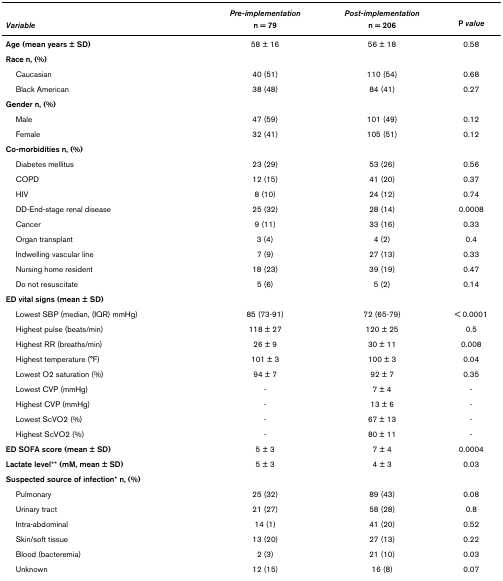
<table><thead><tr><td></td><td><b><i>Pre-implementation</i></b></td><td><b><i>Post-implementation</i></b></td><td></td></tr><tr><td><b><i>Variable</i></b></td><td><b>n = 79</b></td><td><b>n = 206</b></td><td><b>P <i>value</i></b></td></tr></thead><tbody><tr><td><b>Age (mean years ± SD)</b></td><td>58 ± 16</td><td>56 ± 18</td><td>0.58</td></tr><tr><td><b>Race n, (%)</b></td><td></td><td></td><td></td></tr><tr><td> Caucasian</td><td>40 (51)</td><td>110 (54)</td><td>0.68</td></tr><tr><td> Black American</td><td>38 (48)</td><td>84 (41)</td><td>0.27</td></tr><tr><td><b>Gender n, (%)</b></td><td></td><td></td><td></td></tr><tr><td> Male</td><td>47 (59)</td><td>101 (49)</td><td>0.12</td></tr><tr><td> Female</td><td>32 (41)</td><td>105 (51)</td><td>0.12</td></tr><tr><td><b>Co-morbidities n, (%)</b></td><td></td><td></td><td></td></tr><tr><td> Diabetes mellitus</td><td>23 (29)</td><td>53 (26)</td><td>0.56</td></tr><tr><td> COPD</td><td>12 (15)</td><td>41 (20)</td><td>0.37</td></tr><tr><td> HIV</td><td>8 (10)</td><td>24 (12)</td><td>0.74</td></tr><tr><td> DD-End-stage renal disease</td><td>25 (32)</td><td>28 (14)</td><td>0.0008</td></tr><tr><td> Cancer</td><td>9 (11)</td><td>33 (16)</td><td>0.33</td></tr><tr><td> Organ transplant</td><td>3 (4)</td><td>4 (2)</td><td>0.4</td></tr><tr><td> Indwelling vascular line</td><td>7 (9)</td><td>27 (13)</td><td>0.33</td></tr><tr><td> Nursing home resident</td><td>18 (23)</td><td>39 (19)</td><td>0.47</td></tr><tr><td> Do not resuscitate</td><td>5 (6)</td><td>5 (2)</td><td>0.14</td></tr><tr><td><b>ED vital signs (mean ± SD)</b></td><td></td><td></td><td></td></tr><tr><td> Lowest SBP (median, (IQR) mmHg)</td><td>85 (73-91)</td><td>72 (65-79)</td><td>&lt; 0.0001</td></tr><tr><td> Highest pulse (beats/min)</td><td>118 ± 27</td><td>120 ± 25</td><td>0.5</td></tr><tr><td> Highest RR (breaths/min)</td><td>26 ± 9</td><td>30 ± 11</td><td>0.008</td></tr><tr><td> Highest temperature (°F)</td><td>101 ± 3</td><td>100 ± 3</td><td>0.04</td></tr><tr><td> Lowest O2 saturation (%)</td><td>94 ± 7</td><td>92 ± 7</td><td>0.35</td></tr><tr><td> Lowest CVP (mmHg)</td><td>-</td><td>7 ± 4</td><td>-</td></tr><tr><td> Highest CVP (mmHg)</td><td>-</td><td>13 ± 6</td><td>-</td></tr><tr><td> Lowest ScVO2 (%)</td><td>-</td><td>67 ± 13</td><td>-</td></tr><tr><td> Highest ScVO2 (%)</td><td>-</td><td>80 ± 11</td><td>-</td></tr><tr><td><b>ED SOFA score (mean ± SD)</b></td><td>5 ± 3</td><td>7 ± 4</td><td>0.0004</td></tr><tr><td><b>Lactate level** (mM, mean ± SD)</b></td><td>5 ± 3</td><td>4 ± 3</td><td>0.03</td></tr><tr><td><b>Suspected source of infection* n, (%)</b></td><td></td><td></td><td></td></tr><tr><td> Pulmonary</td><td>25 (32)</td><td>89 (43)</td><td>0.08</td></tr><tr><td> Urinary tract</td><td>21 (27)</td><td>58 (28)</td><td>0.8</td></tr><tr><td> Intra-abdominal</td><td>14 (1)</td><td>41 (20)</td><td>0.52</td></tr><tr><td> Skin/soft tissue</td><td>13 (20)</td><td>27 (13)</td><td>0.22</td></tr><tr><td> Blood (bacteremia)</td><td>2 (3)</td><td>21 (10)</td><td>0.03</td></tr><tr><td> Unknown</td><td>12 (15)</td><td>16 (8)</td><td>0.07</td></tr></tbody></table>